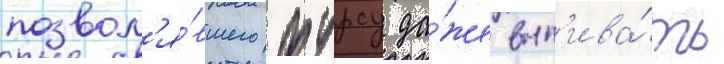
позвол'я́вшего фурсу да́же вып'ива́ть